Senior Leaving Certificate Examination (including Day School Certificate (Higher) General paper), 1946
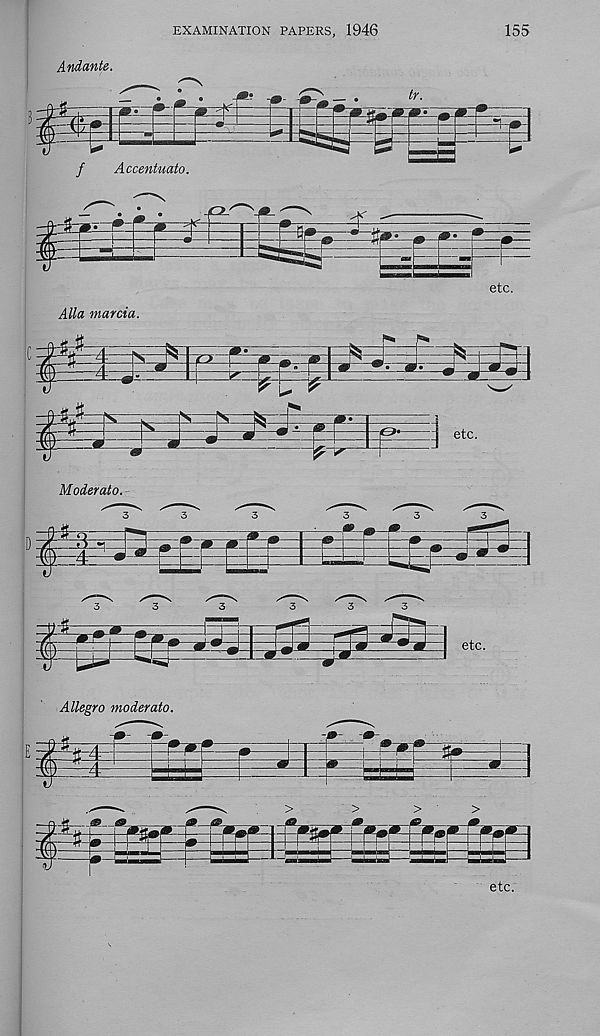
EXAMINATION PAPERS, 1946
155
Andante.
•
•
tr.
f
Accentuate.
&
5^
etc.
Alla marcia.
i
o Si
I
X-=X—X-
etc.
Moderato.
3
3
iiBpggli
3
3
3
S:
J"
etc.
Allegro moderato.
*
>
>
etc.